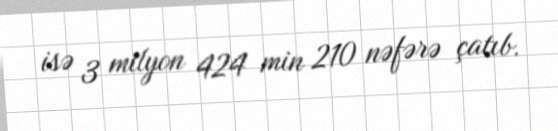
isə 3 milyon 424 min 210 nəfərə çatıb.